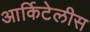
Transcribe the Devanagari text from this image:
आर्किटेलीस